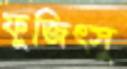
ফুজিত্সু